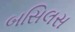
બસિલસ